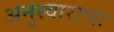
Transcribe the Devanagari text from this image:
अनुस्वाराचा